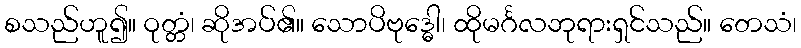
စသည်ဟူ၍။ ဝုတ္တံ၊ ဆိုအပ်၏။ သောပိဗုဒ္ဓေါ၊ ထိုမင်္ဂလဘုရားရှင်သည်။ တေသံ၊